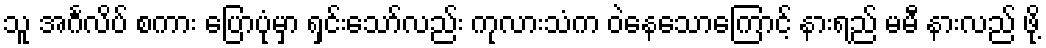
သူ အင်္ဂလိပ် စကား ပြောပုံမှာ ရှင်းသော်လည်း ကုလားသံက ဝဲနေသောကြောင့် နားရည် မမီ နားလည် ဖို့